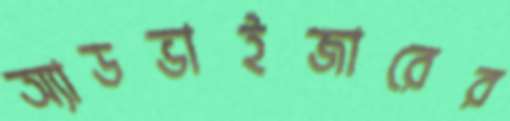
অ্যাডভাইজারের